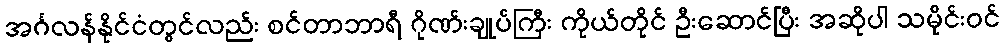
အင်္ဂလန်နိုင်ငံတွင်လည်း စင်တာဘာရီ ဂိုဏ်းချုပ်ကြီး ကိုယ်တိုင် ဦးဆောင်ပြီး အဆိုပါ သမိုင်းဝင်